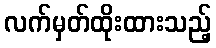
လက်မှတ်ထိုးထားသည့်